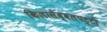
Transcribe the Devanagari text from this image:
किलासेव्वलपट्टी